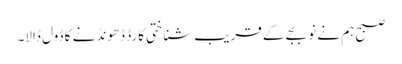
صبح ہم نے نو بجے کے قریب شناختی کارڈ ڈھونڈنے کا ڈول ڈالا۔